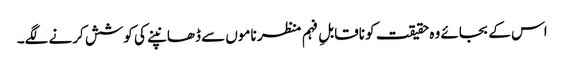
اس کے بجائے وہ حقیقت کو ناقابلِ فہم منظر ناموں سے ڈھانپنے کی کوشش کرنے لگے۔